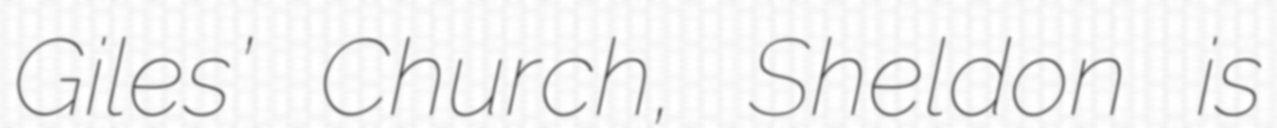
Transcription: Giles’ Church, Sheldon is